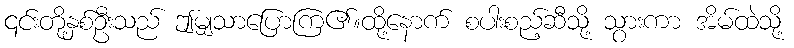
၎င်းတို့နှစ်ဦးသည် ဤမျှသာပြောကြ၏။ထို့နောက် စပါးစည့်ဆီသို့ သွားကာ အိမ်ထဲသို့